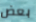
بعض